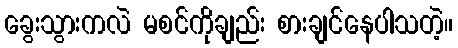
ခွေးသွားကလဲ မစင်ကိုချည်း စားချင်နေပါသတဲ့။